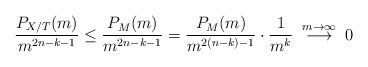
LaTeX: \begin{align*}\frac{P_{X/T}(m)}{m^{2n-k-1}} \leq \frac{P_M(m)}{m^{2n-k-1}} = \frac{P_M(m)}{m^{2(n-k)-1}} \cdot \frac{1}{m^k}\; \overset{m\to \infty}{\longrightarrow}\; 0\end{align*}